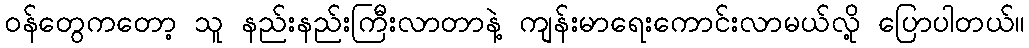
ဝန်တွေကတော့ သူ နည်းနည်းကြီးလာတာနဲ့ ကျန်းမာရေးကောင်းလာမယ်လို့ ပြောပါတယ်။